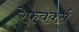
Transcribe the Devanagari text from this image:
रेफवर्क्स